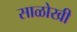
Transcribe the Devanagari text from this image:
साळोखी